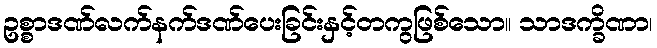
ဥစ္စာဒဏ်လက်နက်ဒဏ်ပေးခြင်းနှင့်တကွဖြစ်သော။ သာဒက္ခိဏာ၊